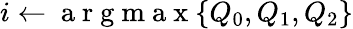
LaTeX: i\leftarrow\mathrm{~a~r~g~m~a~x~}\{ Q_{0},Q_{1},Q_{2}\}